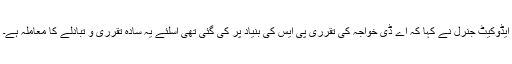
ایڈوکیٹ جنرل نے کہا کہ اے ڈی خواجہ کی تقرری پی ایس کی بنیاد پر کی گئی تھی اسلئے یہ سادہ تقرری و تبادلے کا معاملہ ہے۔